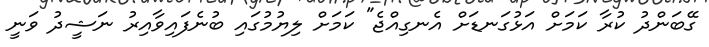
ގޭބަންދު ކުރާ ކަމަަށް އަޅުގަނޑަށް އެނގިއްޖެ" ކަމަށް ލިޔުމުގައި ބުނެފައިވާއިރު ނަޝީދު ވަނީ